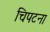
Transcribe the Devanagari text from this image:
चिपटना